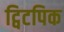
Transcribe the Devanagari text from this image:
ट्विटपिक